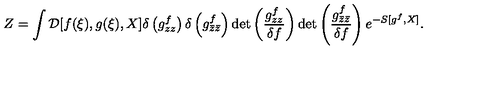
Z = \int { \cal D } [ f ( \xi ) , g ( \xi ) , X ] \delta \left( g _ { z z } ^ { f } \right) \delta \left( g _ { \bar { z } \bar { z } } ^ { f } \right) \mathrm { d e t } \left( \frac { g _ { z z } ^ { f } } { \delta f } \right) \mathrm { d e t } \left( \frac { g _ { \bar { z } \bar { z } } ^ { f } } { \delta f } \right) e ^ { - S [ g ^ { f } , X ] } .